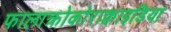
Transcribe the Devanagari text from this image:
फालाक्रोकोराक्वाइडिया